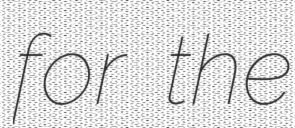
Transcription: for the